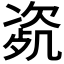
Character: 𣣰